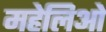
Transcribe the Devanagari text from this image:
महेलिओ